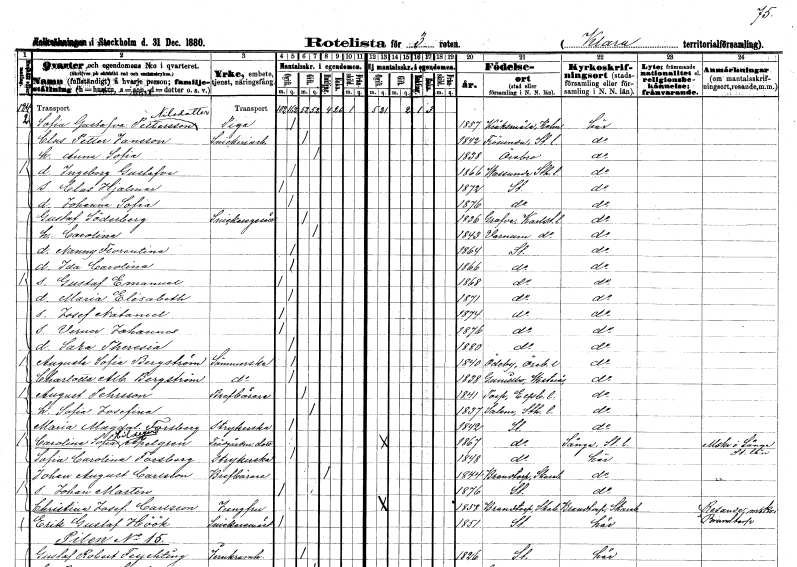
gt_parse: households: individuals: FN: Sofia Gustafva
EN: Pettersson Nilsdotter
YRKE: Piga
KON: K
CIV: O
FODAR: 1857
FODFORS: Kråksmåla Kalmar län
FN: Clas Petter
EN: Jansson
YRKE: Snickeriarbetare
KON: M
CIV: G
FODAR: 1842
FODFORS: Frösunda Stockholms län
FN: Anna Sofia
KON: K
CIV: G
FODAR: 1838
FODFORS: Örebro Örebro län
FN: Ingeborg Gustafva
KON: K
CIV: O
FODAR: 1866
FODFORS: Vassunda Uppsala län
FN: Clas Hjalmar
KON: M
CIV: O
FODAR: 1872
FODFORS: Stockholm
FN: Johanna Sofia
KON: K
CIV: O
FODAR: 1876
FODFORS: Stockholm
FN: Gustaf
EN: Söderberg
YRKE: Snickaregesäll
KON: M
CIV: G
FODAR: 1836
FODFORS: Grava Värmlands län
FN: Carolina
KON: K
CIV: G
FODAR: 1843
FODFORS: Varnum Värmlands län
FN: Nanny Florentina
KON: K
CIV: O
FODAR: 1864
FODFORS: Stockholm
FN: Ida Carolina
KON: K
CIV: O
FODAR: 1866
FODFORS: Stockholm
FN: Gustaf Emanuel
KON: M
CIV: O
FODAR: 1868
FODFORS: Stockholm
FN: Maria Elisabeth
KON: K
CIV: O
FODAR: 1871
FODFORS: Stockholm
FN: Josef Natanael
KON: M
CIV: O
FODAR: 1874
FODFORS: Stockholm
FN: Verner Johannes
KON: M
CIV: O
FODAR: 1876
FODFORS: Stockholm
FN: Sara Theresia
KON: K
CIV: O
FODAR: 1880
FODFORS: Stockholm
FN: Augusta Sofia
EN: Bergström
YRKE: Sömmerska
KON: K
CIV: O
FODAR: 1840
FODFORS: Ödeby Örebro län
FN: Charlotta Albertina
EN: Bergström
YRKE: Sömmerska
KON: K
CIV: O
FODAR: 1838
FODFORS: Gunnilbo Västmanlands län
FN: August
EN: Pehrsson
YRKE: Brevbärare
KON: M
CIV: G
FODAR: 1841
FODFORS: Torp Älvsborgs län
FN: Sofia Josefina
KON: K
CIV: G
FODAR: 1837
FODFORS: Salem Stockholms län
FN: Maria Magdalena
EN: Forsberg
YRKE: Strykerska
KON: K
CIV: O
FODAR: 1842
FODFORS: Stockholm
FN: Carolina Sofia Hildegard
EN: Apelgren
YRKE: Trädgårdsmästaredotter
KON: K
CIV: O
FODAR: 1867
FODFORS: Stockholm
FN: Sofia Carolina
EN: Forsberg
YRKE: Strykerska
KON: K
CIV: O
FODAR: 1848
FODFORS: Stockholm
FN: Johan August
EN: Carlsson
YRKE: Brevbärare
KON: M
CIV: E
FODAR: 1844
FODFORS: Brandstorp Skaraborgs län
FN: Johan Martin
KON: M
CIV: O
FODAR: 1876
FODFORS: Stockholm
FN: Christina Josefina
EN: Carlsson
YRKE: Jungfru
KON: K
CIV: O
FODAR: 1858
FODFORS: Brandstorp Skaraborgs län
FN: Erik Gustaf
EN: Höök
YRKE: Snickaremästare
KON: M
CIV: O
FODAR: 1851
FODFORS: Stockholm
FN: Gustaf Robert
EN: Feychting
YRKE: Järnkramhandlare
KON: M
CIV: G
FODAR: 1826
FODFORS: Stockholm